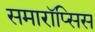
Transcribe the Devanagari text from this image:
समारॉप्सिस